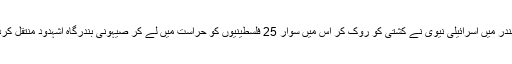
سمندر میں اسرائیلی نیوی نے کشتی کو روک کر اس میں سوار 25 فلسطینیوں کو حراست میں لے کر صیہونی بندرگاہ اشہدود منتقل کردیا۔